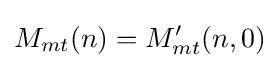
M_{mt}(n)=M_{mt}'(n,0)